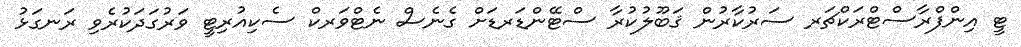
ޓީ އިންފްރާސްޓްރަކްޗަރ ސަރުކާރުން ޤަބޫލުކުރާ ސްޓޭންޑަރޑަށް ގެނެސް ނެޓްވަރކް ސެކިއުރިޓީ ވަރުގަދަކުރެވި ރަނގަޅު